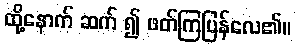
ထို့နောက် ဆက် ၍ ဖတ်ကြပြန်လေ၏။